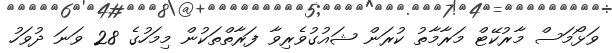
ވަޅޯމަސް މާރުކޭޓް މަރާމާތު ކުރަން ޝައުގުވެރިވާ ފަރާތްތަކުން މިމަހުގެ 28 ވަނަ ދުވަހު